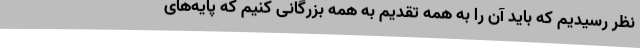
نظر رسیدیم که باید آن را به همه تقدیم به همه بزرگانی کنیم که پایه‌های